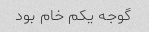
گوجه یکم خام بود